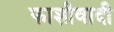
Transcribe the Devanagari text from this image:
फाशीवादी